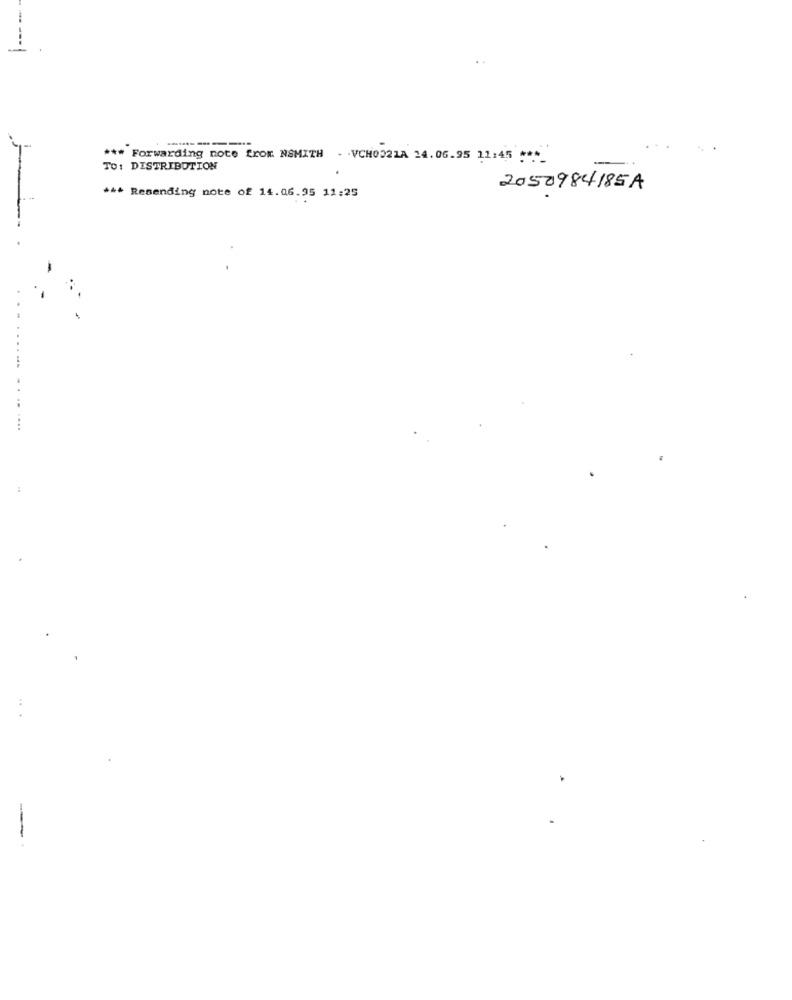
*** Forwarding note from NSMITH - VCHOD21A 24.06.95 11:45 ***_
TO: DISTRIBUTION
*** Resending note of 14.06.95 11:25
2050984185A
..
...